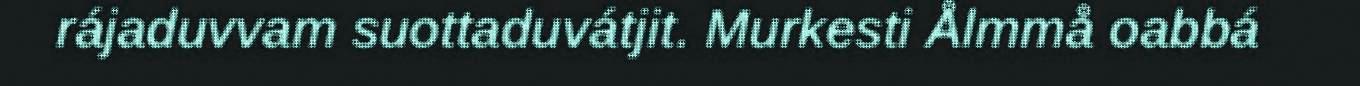
rájaduvvam suottaduvátjit. Murkesti Ålmmå oabbá